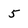
Character: 5